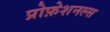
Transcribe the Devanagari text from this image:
प्रोफ़ेशनल्स